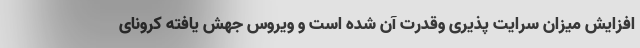
افزایش میزان سرایت پذیری وقدرت آن شده است و ویروس جهش یافته کرونای